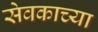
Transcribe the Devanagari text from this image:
सेवकाच्या